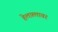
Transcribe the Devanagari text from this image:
हेलफ़्लावर